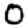
Digit: 0